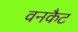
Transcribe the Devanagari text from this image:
वनकैट